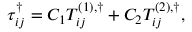
\tau _ { i j } ^ { \dag } = { C _ { 1 } } T _ { i j } ^ { \left( 1 \right) , \dag } + { C _ { 2 } } T _ { i j } ^ { \left( 2 \right) , \dag } ,